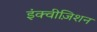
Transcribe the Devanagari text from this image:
इंक्वीज़िशन